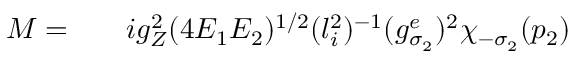
\begin{array} { r l r } { { \cal M } = } & { { } } & { i g _ { Z } ^ { 2 } ( 4 E _ { 1 } E _ { 2 } ) ^ { 1 / 2 } ( l _ { i } ^ { 2 } ) ^ { - 1 } ( g _ { \sigma _ { 2 } } ^ { e } ) ^ { 2 } \chi _ { - \sigma _ { 2 } } ( p _ { 2 } ) } \end{array}